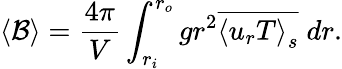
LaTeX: \left\langle\mathcal{B}\right\rangle=\frac{4\pi}{V}\int_{r_{i}}^{r_{o}}gr^{2}\overline{{\left\langle u_{r}T\right\rangle_{s}}}\; dr.